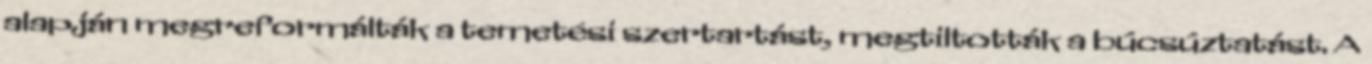
alapján megreformálták a temetési szertartást, megtiltották a búcsúztatást. A